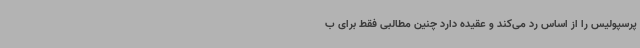
پرسپولیس را از اساس رد می‌کند و عقیده دارد چنین مطالبی فقط برای ب